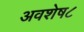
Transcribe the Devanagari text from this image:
अवशेष८